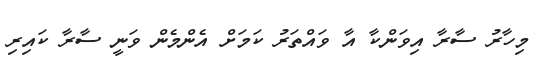
މިހާރު ސާރާ އިވަންކާ އާ ވައްތަރު ކަމަށް އެންމެން ވަނީ ސާރާ ކައިރި